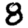
Digit: 8